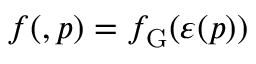
f ( \v { r } , \v { p } ) = f _ { \mathrm { G } } ( \varepsilon ( \v { p } ) )